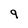
Character: 9